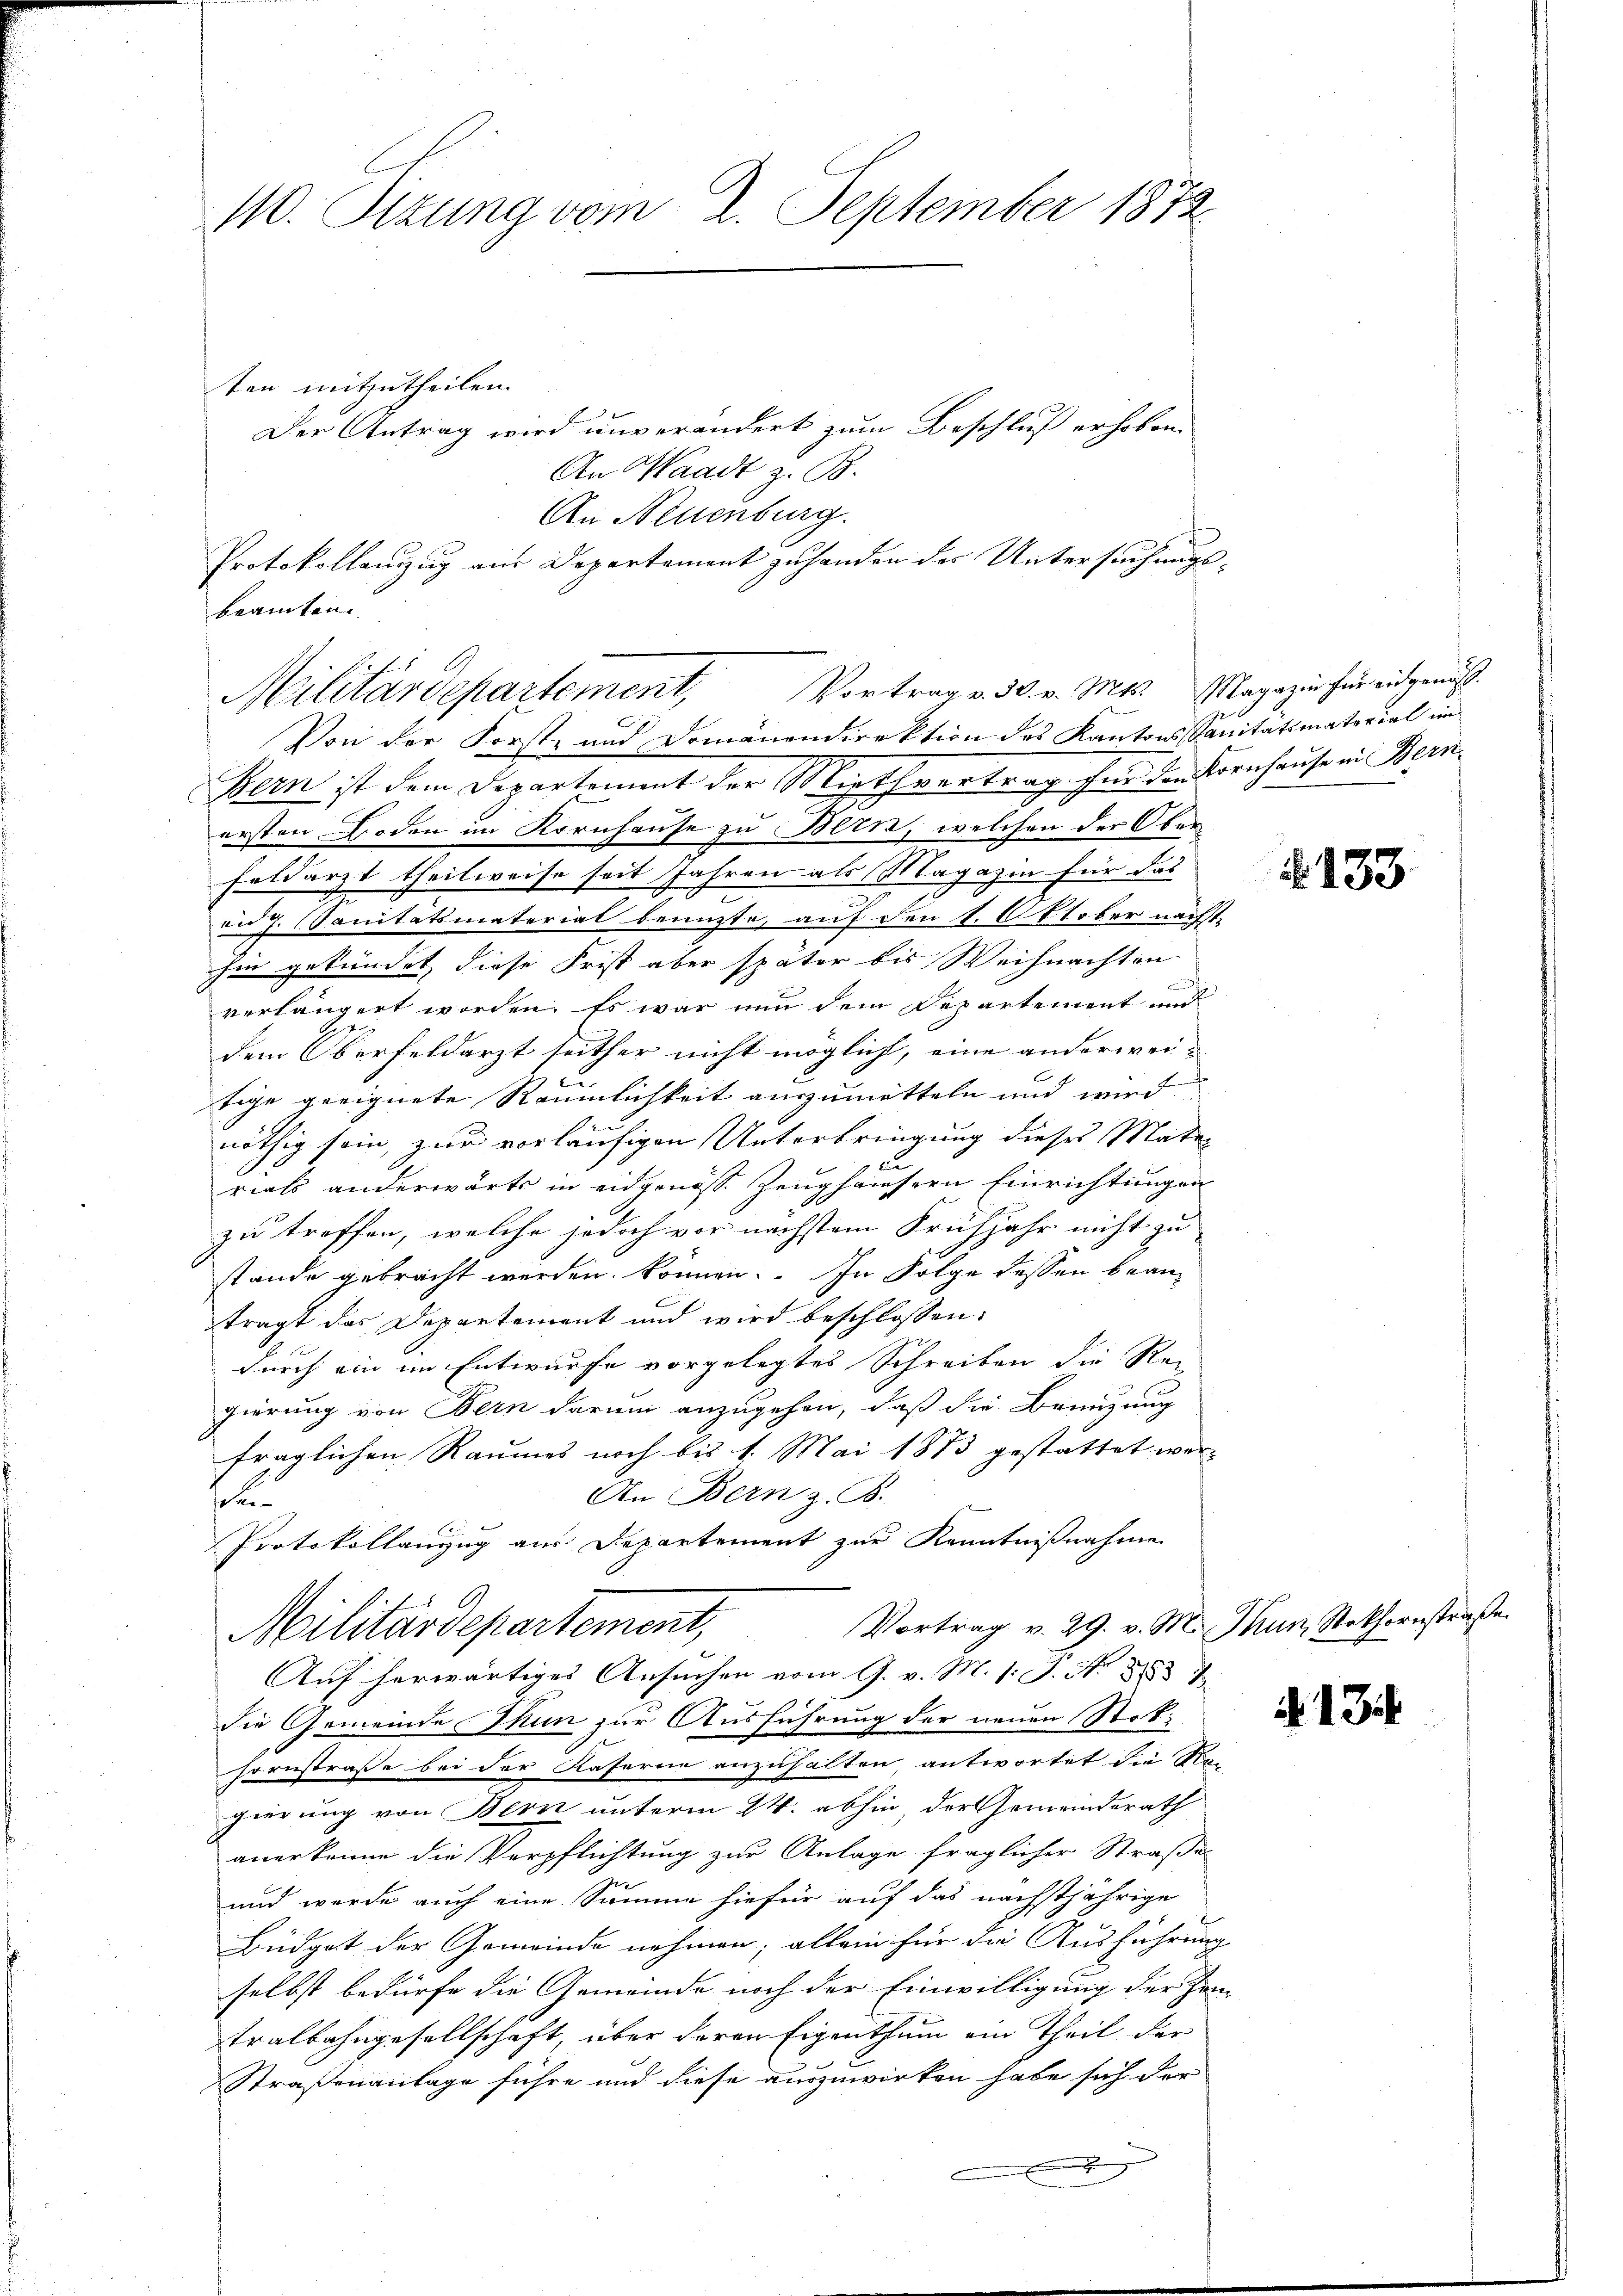
110. Sizung vom 2. September 1872.

Militärdepartement, Vortrag v. 30. v. Mts. Magazin für eidgenöß
Von der Forst- und Domänendirektion des Kantons Sanitätsmaterial im

Bern ist dem Departement der Miethvertrag für den Kornhause in Bern
ersten Boden im Kornhause zu Bern, welchen der Ober
feldarzt theilweise seit Jahren als Magazin für das
eidg. Sanitatsmaterial benuzte, auf den 1. Oktober nächste
hin gekündet, diese Frist aber später bis Weihnachten
verlängert worden. Es war nun dem Departement und
dem Oberfeldarzt seither nicht möglich, eine anderweitige geeignete Räumlichkeit auszumitteln und wird
nöthig sein, zur vorläufigen Unterbringung dieses Materials anderwärts in eidgenöss. Zeughäusern Einrichtungen
zu treffen, welche jedoch vor nächstem Frühjahr nicht zu
stande gebracht werden können. In Folge dessen bean-
trägt das Departement und wird beschlossen:
durch ein im Entwurfe vorgelegtes Schreiben die Rei
gierung von Bern darum anzugehen, daß die Benuzung
fraglichen Raumes noch bis 1. Mai 1873 gestattet wer-
An Bern z. B.
st

Protokollanzug aus Departement zur Kenntnißnahme
Vortrag v. 29. v. M. Thun, Stokhornstraße.
Militärdepartement,
Auf herwärtiges Ansuchen vom 9. v. M. 1. J. N. 8853
die Gemeinde Thun zur Ausführung der neuen Stoksornstraße bei der Raserne anzuhalten, antwortet die Ste
gierung von Bern unterm 24. abhin der Gemeinderath
anerkenne die Verpflichtung zur Anlage fraglicher Straße
und werde auch eine Summe hiefür auf das nächstjährige
Büdget der Gemeinde nehmen; allein für die Ausführung
selbst bedürfe die Gemeinde noch der Einwilligung der Zei-
tralbahngesellschaft, über deren Eigenthum ein Theil der
Straßenanlage führe und diese auszuwirken habe sich der

ten mitzutheilen.
Der Antrag wird unverändert zum Beschluß erhoben.
An Waadt z. B.
An Neuenburg.
Protokollanzug aus Departement zu handen des Untersuchungs-
beamten.

§133

134